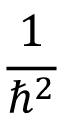
\frac { 1 } { \hbar ^ { 2 } }